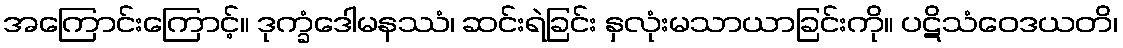
အကြောင်းကြောင့်။ ဒုက္ခံဒေါမနဿံ၊ ဆင်းရဲခြင်း နှလုံးမသာယာခြင်းကို။ ပဋိသံဝေဒယတိ၊